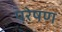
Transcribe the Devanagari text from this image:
परेषण